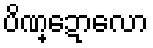
ပိဏ္ဍောလော